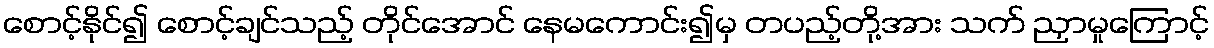
စောင့်နိုင်၍ စောင့်ချင်သည့် တိုင်အောင် နေမကောင်း၍မှ တပည့်တို့အား သက် ညှာမှုကြောင့်